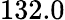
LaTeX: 132.0